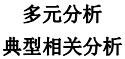
多元分析
典型相关分析